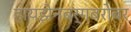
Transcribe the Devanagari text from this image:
हायझेनबर्गबरोबर